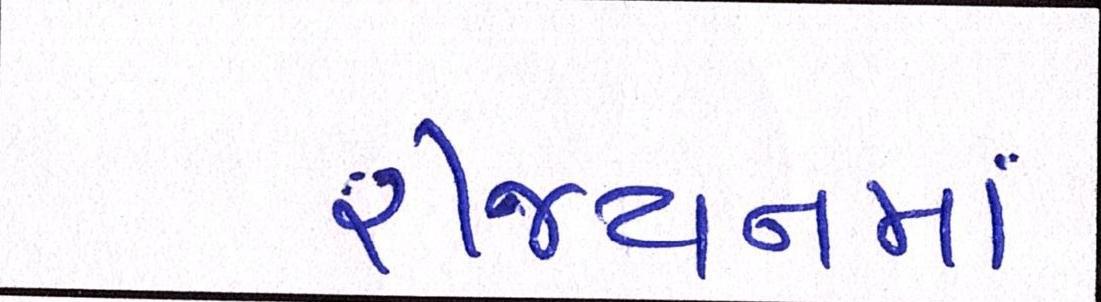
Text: રીજયનમાં